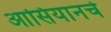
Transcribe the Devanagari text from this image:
आसियानचे